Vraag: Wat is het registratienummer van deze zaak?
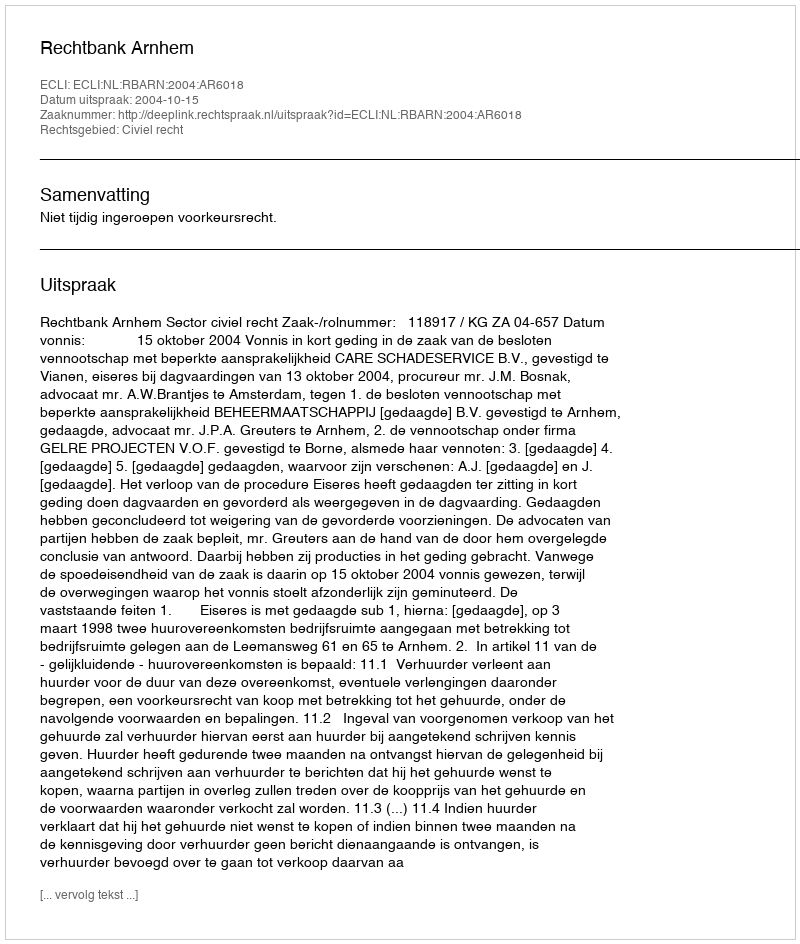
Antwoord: http://deeplink.rechtspraak.nl/uitspraak?id=ECLI:NL:RBARN:2004:AR6018